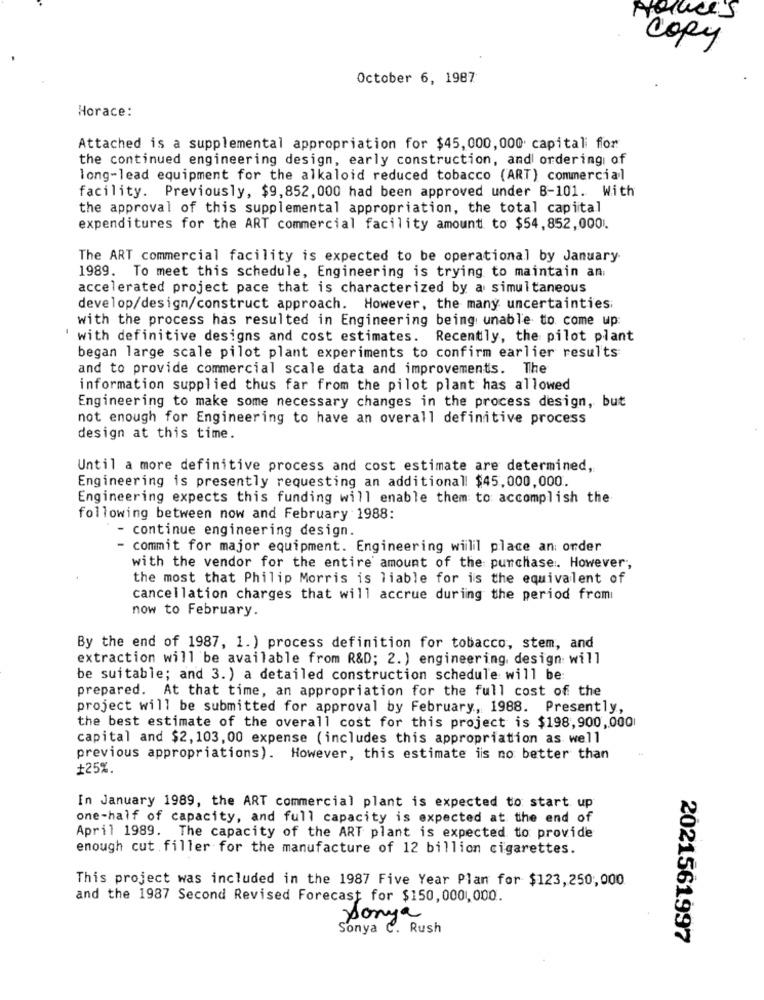
Holaces
copy
October 6, 1987
Horace:
Attached is a supplemental appropriation for $45,000,000 capitali for
the continued engineering design, early construction, and ordering of
long-lead equipment for the alkaloid reduced tobacco (ART) commercial
facility. Previously, $9,852, 000 had been approved under B-101. With
the approval of this supplemental appropriation, the total capital
expenditures for the ART commercial facility amount to $54,852,000
The ART commercial facility is expected to be operational by January
1989. To meet this schedule, Engineering is trying to maintain an
accelerated project pace that is characterized by a simultaneous
develop/design/construct approach. However, the many uncertainties;
with the process has resulted in Engineering being unable to come up:
with definitive designs and cost estimates. Recently, the pilot plant
began large scale pilot plant experiments to confirm earlier results
and to provide commercial scale data and improvements. The
information supplied thus far from the pilot plant has allowed
Engineering to make some necessary changes in the process design, but
not enough for Engineering to have an overall definitive process
design at this time.
Until a more definitive process and cost estimate are determined,
Engineering is presently requesting an additional! $45,000,000.
Engineering expects this funding will enable them to accomplish the
following between now and February 1988:
- continue engineering design.
commit for major equipment. Engineering wiilil place an order
with the vendor for the entire amount of the purchase. However,
the most that Philip Morris is liable for is the equivalent of
cancellation charges that will accrue during the period from
now to February.
By the end of 1987, 1. ) process definition for tobacco, stem, and
extraction will be available from R&D; 2. ) engineering, design will
be suitable; and 3.) a detailed construction schedule will be:
prepared. At that time, an appropriation for the full cost of the
project will be submitted for approval by February, 1988. Presently,
the best estimate of the overall cost for this project is $198,900,000
capital and $2,103, 00 expense (includes this appropriation as well
previous appropriations). However, this estimate iis no better than
+25%.
In January 1989, the ART commercial plant is expected to start up
one-half of capacity, and full capacity is expected at the end of
April 1989. The capacity of the ART plant is expected to provide
enough cut filler for the manufacture of 12 billion cigarettes.
This project was included in the 1987 Five Year Plan for $123,250,000
and the 1987 Second Revised Forecast for $150, 000,000.
panya
Sonya C. Rush
2021561997